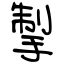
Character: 掣